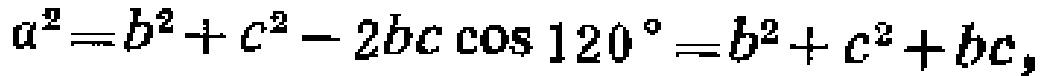
\(a^{2}=b^{2}+c^{2}-2bc\cos 120^{\circ}=b^{2}+c^{2}+bc,\)